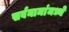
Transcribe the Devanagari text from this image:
सर्वनामांमध्ये